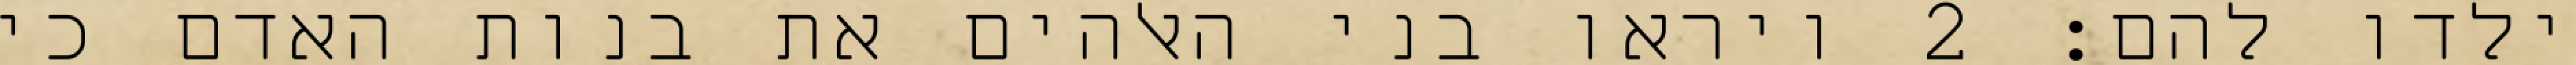
ילדו להם׃ ‎2‏ ויראו בני האלהים את בנות האדם כי